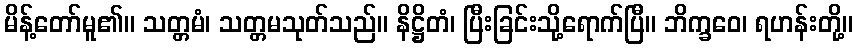
မိန့်တော်မူ၏။ သတ္တမံ၊ သတ္တမသုတ်သည်။ နိဋ္ဌိတံ၊ ပြီးခြင်းသို့ရောက်ပြီ။ ဘိက္ခဝေ၊ ရဟန်းတို့။